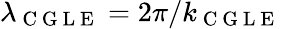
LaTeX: \lambda_{\mathrm{~C~G~L~E~}}=2\pi/k_{\mathrm{~C~G~L~E~}}